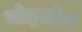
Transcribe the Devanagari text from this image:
बोइलोन